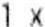
1 X